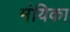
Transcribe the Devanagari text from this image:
मंयिका